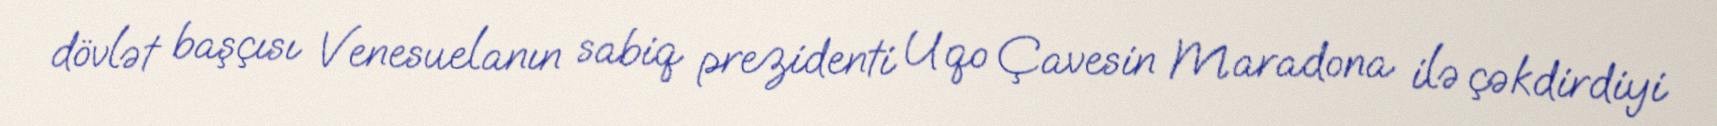
dövlət başçısı Venesuelanın sabiq prezidenti Uqo Çavesin Maradona ilə çəkdirdiyi